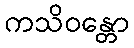
ကသိဝန္တော